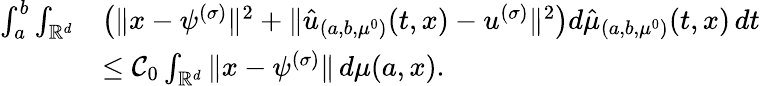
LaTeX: \begin{array}{rl}{\int_{a}^{b}\int_{\mathbb{R}^{d}}}&{\left(\| x-\psi^{(\sigma)}\| ^{2}+\| \hat{u}_{(a,b,\mu^{0})}(t,x)-u^{(\sigma)}\| ^{2}\right)d\hat{\mu}_{(a,b,\mu^{0})}(t,x)\, dt}\\ &{\leq{\mathcal C_{0}}\int_{\mathbb{R}^{d}}\| x-\psi^{(\sigma)}\| \, d\mu(a,x).}\end{array}